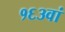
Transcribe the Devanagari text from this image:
१६३वां